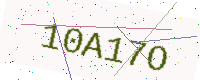
Text: 10A17O